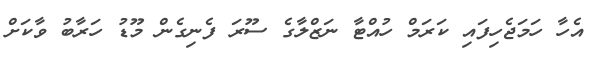
އެހާ ހަމަޖެހިފައި ކަރަމް ހުއްޓާ ނަޒްލާގެ ސޫރަ ފެނިގެން މޫޑު ހަރާބު ވާކަށް